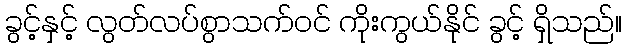
ခွင့်နှင့် လွတ်လပ်စွာသက်ဝင် ကိုးကွယ်နိုင် ခွင့် ရှိသည်။